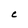
Character: C